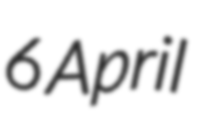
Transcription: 6 April